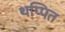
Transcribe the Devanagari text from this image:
थप्पित